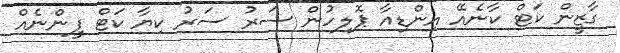
ގާޒީން ކަޓް ކާނެއޭ އިންޑިއާ ޕޮލިހުން ސަރު ސަރު ކިޔާ ކަޓް ފީންނެއް